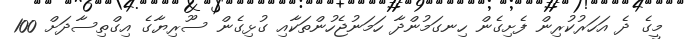
މީގެ ދެ އަހަރުކުރިން ފެށިގެން ހިނގަމުންދާ ހަމަނުޖެހުންތަކާއި ގުޅިގެން ސޫރިޔާގެ އިގްތިސާދަށް 100